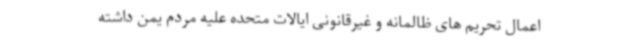
اعمال تحریم های ظالمانه و غیرقانونی ایالات متحده علیه مردم یمن داشته